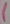
Text: 1